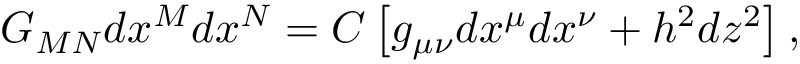
G _ { M N } d x ^ { M } d x ^ { N } = { \cal C } \left[ g _ { \mu \nu } d x ^ { \mu } d x ^ { \nu } + h ^ { 2 } d z ^ { 2 } \right] ,